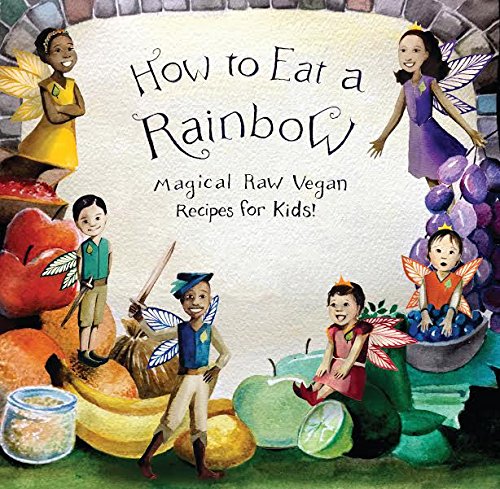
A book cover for How to Eat a Rainbow: Magical Raw Vegan Recipes for Kids!; Ellie Bedford; Cookbooks, Food & Wine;